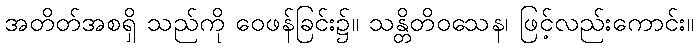
အတိတ်အစရှိ သည်ကို ဝေဖန်ခြင်း၌။ သန္တိတိဝသေန၊ ဖြင့်လည်းကောင်း။